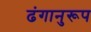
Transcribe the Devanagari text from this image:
ढंगानुरूप